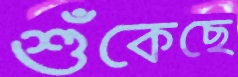
শুঁকেছে